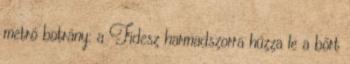
metró botrány: a Fidesz harmadszorra húzza le a bőrt